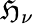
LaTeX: \mathfrak{H}_{\nu}